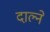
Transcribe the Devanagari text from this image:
दाल्ने